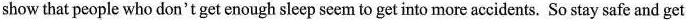
show that people who don't get enough sleep seem to get into more accidents. So stay safe and get